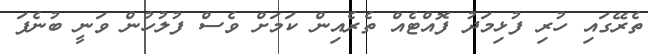
ތެރޭގައި ހުރި ފުޅިމަދު ފޮއްޓެއް ތެރެއިން ކަމަށް ވެސް ފުލުހުން ވަނީ ބުނެފަ